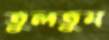
তুলতুম